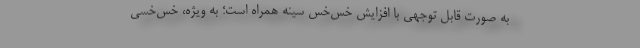
به صورت قابل توجهی با افزایش خس‌خس سینه همراه است؛ به ویژه، خس‌خسی